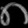
Digit: ၈